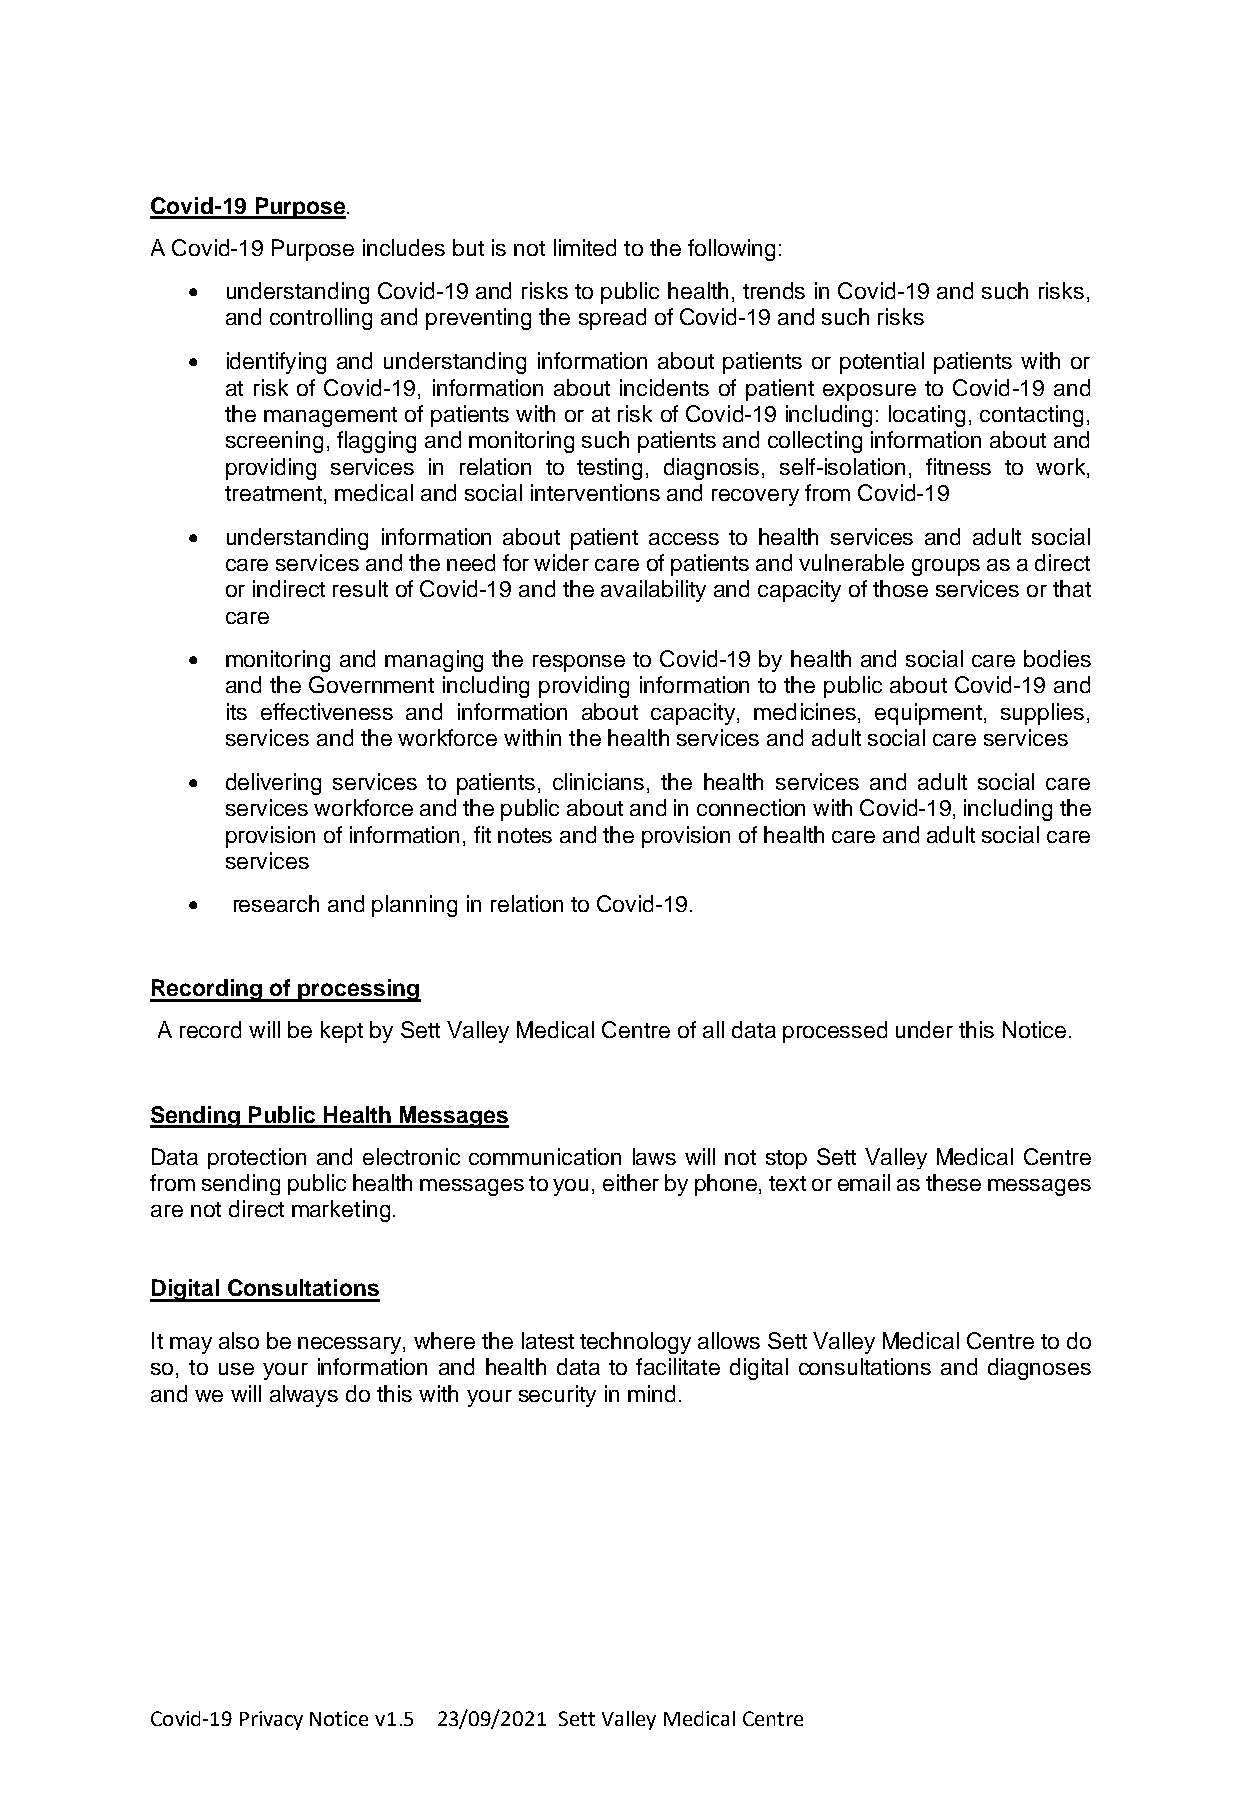
Covid-19 Purpose.
 A Covid-19 Purpose includes but is not limited to the following:
 •  understanding Covid-19 and risks to public health, trends in Covid-19 and such risks,
 and controlling and preventing the spread of Covid-19 and such risks
 •  identifying and understanding information about patients or potential patients with or
 at risk of Covid-19, information about incidents of patient exposure to Covid-19 and
 the management of patients with or at risk of Covid-19 including: locating, contacting,
 screening, flagging and monitoring such patients and collecting information about and
 providing services in relation to testing, diagnosis, self-isolation, fitness to work,
 treatment, medical and social interventions and recovery from Covid-19
 •  understanding information about patient access to health services and adult social
 care services and the need for wider care of patients and vulnerable groups as a direct
 or indirect result of Covid-19 and the availability and capacity of those services or that
 care
 •  monitoring and managing the response to Covid-19 by health and social care bodies
 and the Government including providing information to the public about Covid-19 and
 its effectiveness and information about capacity, medicines, equipment, supplies,
 services and the workforce within the health services and adult social care services
 •  delivering services to patients, clinicians, the health services and adult social care
 services workforce and the public about and in connection with Covid-19, including the
 provision of information, fit notes and the provision of health care and adult social care
 services
 •  research and planning in relation to Covid-19.
 Recording of processing
 A record will be kept by Sett Valley Medical Centre of all data processed under this Notice.
 Sending Public Health Messages
 Data protection and electronic communication laws will not stop Sett Valley Medical Centre
 from sending public health messages to you, either by phone, text or email as these messages
 are not direct marketing.
 Digital Consultations
 It may also be necessary, where the latest technology allows Sett Valley Medical Centre to do
 so, to use your information and health data to facilitate digital consultations and diagnoses
 and we will always do this with your security in mind.
 Covid-19 Privacy Notice v1.5 23/09/2021 Sett Valley Medical Centre